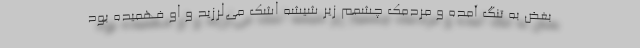
بغض به تنگ آمده و مردمک چشمم زیر شیشه اشک می‌لرزید و او فهمیده بود